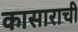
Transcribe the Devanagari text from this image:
कासाराची